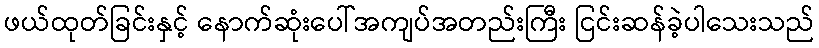
ဖယ်ထုတ်ခြင်းနှင့် နောက်ဆုံးပေါ်အကျပ်အတည်းကြီး ငြင်းဆန်ခဲ့ပါသေးသည်